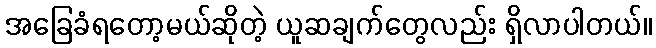
အခြေခံရတော့မယ်ဆိုတဲ့ ယူဆချက်တွေလည်း ရှိလာပါတယ်။